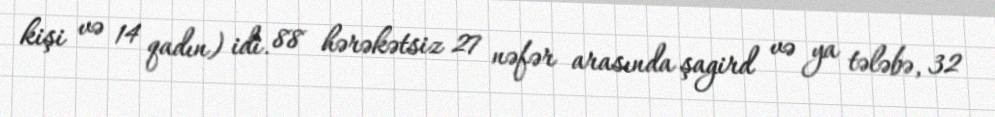
kişi və 14 qadın) idi. 88 hərəkətsiz 27 nəfər arasında şagird və ya tələbə, 32